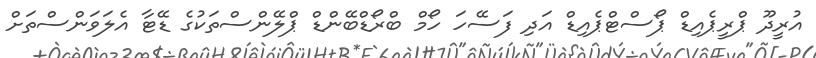
އުރީދޫ ޕްރީޕެއިޑް ޕޯސްޓްޕެއިޑް އަދި ފަސޭހަ ހޯމް ބްރޯޑްބޭންޑް ޕްލޭންސްތަކުގެ ޑޭޓާ އެލަވަންސްތަށް